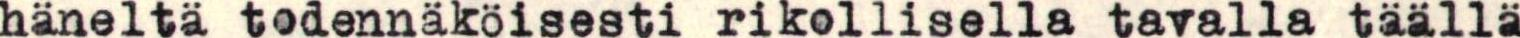
hänelta todennäköisesti rikollisella tavalla täällä